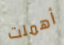
أهملت